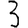
Digit: 3